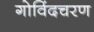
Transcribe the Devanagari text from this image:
गोविंदचरण